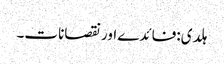
ہلدی:فائدے اور نقصانات۔